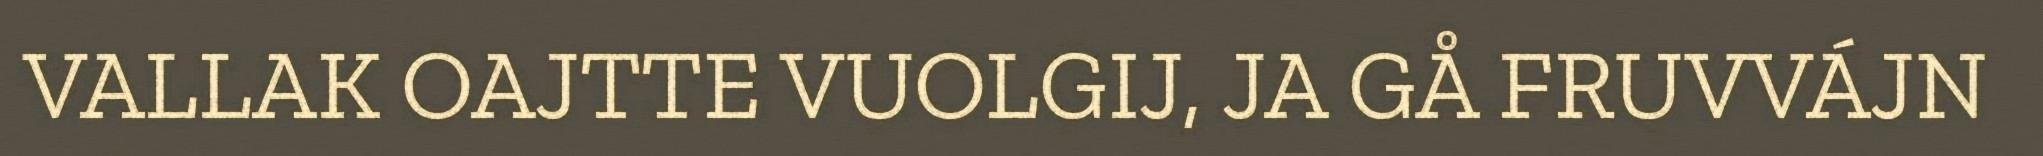
VALLAK OAJTTE VUOLGIJ, JA GÅ FRUVVÁJN